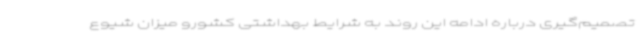
تصمیم‌گیری درباره ادامه این روند به شرایط بهداشتی کشورو میزان شیوع